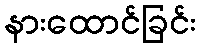
နားထောင်ခြင်း